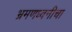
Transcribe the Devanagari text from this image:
भ्रमणध्वनीचा